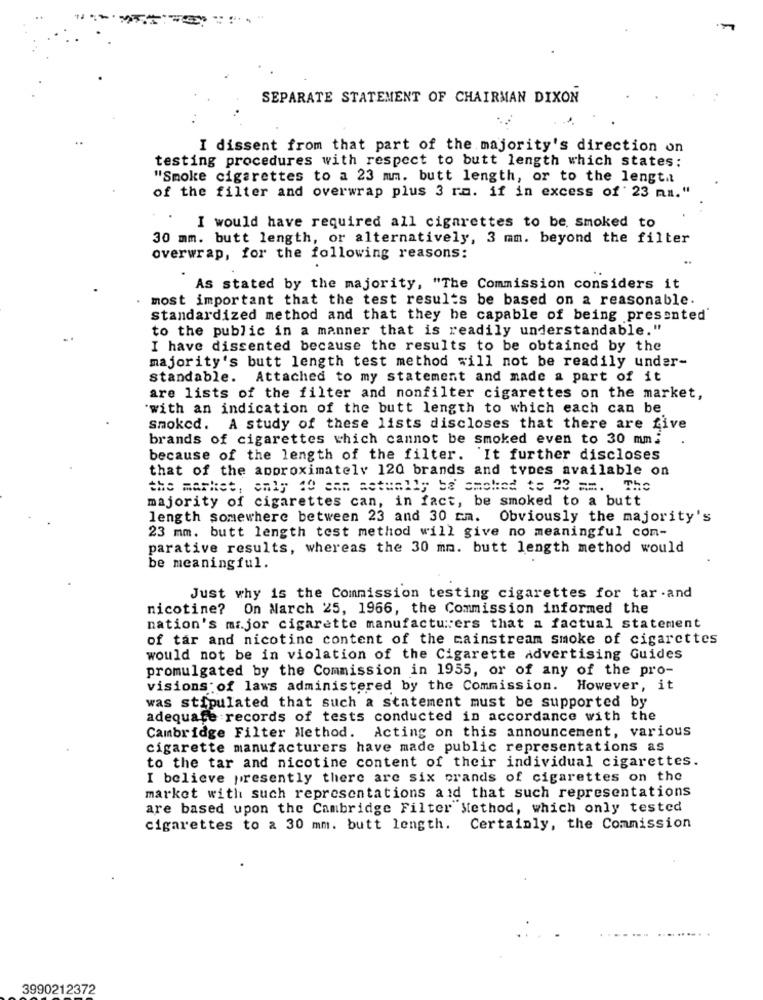
SEPARATE STATEMENT OF CHAIRMAN DIXON
I dissent from that part of the majority's direction on
testing procedures with respect to butt length which states:
"Smoke cigarettes to a 23 mm. butt length, or to the lengtil
of the filter and overwrap plus 3 ra. if in excess of 23 mm."
I would have required all cigarettes to be, smoked to
30 mm. butt length, or alternatively, 3 mm. beyond the filter
overwrap, for the following reasons:
As stated by the majority, "The Commission considers it
most important that the test results be based on a reasonable.
standardized method and that they be capable of being presented
to the public in a manner that is readily understandable."
I have dissented because the results to be obtained by the
majority's butt length test method will not be readily under-
standable. Attached to my statement and made a part of it
are lists of the filter and nonfilter cigarettes on the market,
"with an indication of the butt length to which each can be
smoked. A study of these lists discloses that there are five
brands of cigarettes which cannot be smoked even to 30 mm.
because of the length of the filter. It further discloses
that of the approximately 120 brands and types available on
the market, only 10 sam actually be smoked te 23 ==. The
majority of cigarettes can, in fact, be smoked to a butt
length somewhere between 23 and 30 cm. Obviously the majority's
23 mm. butt length test method will give no meaningful com-
parative results, whereas the 30 mm. butt length method would
be meaningful.
Just why is the Commission testing cigarettes for tar .and
nicotine? On March 25, 1966, the Commission informed the
nation's major cigarette manufacturers that a factual statement
of tar and nicotine content of the mainstream smoke of cigarettes
would not be in violation of the Cigarette advertising Guides
promulgated by the Commission in 1955, or of any of the pro-
visions of laws administered by the Commission. However, it
was stipulated that such a statement must be supported by
adequate records of tests conducted in accordance with the
Cambridge Filter Method. Acting on this announcement, various
cigarette manufacturers have made public representations as
to the tar and nicotine content of their individual cigarettes.
I believe presently there are six grands of cigarettes on the
market with such representations aid that such representations
are based upon the Cambridge Filter Method, which only tested
cigarettes to a 30 mm. butt length. Certainly, the Commission
3990212372